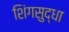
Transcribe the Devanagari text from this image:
शिंगसुद्धा